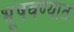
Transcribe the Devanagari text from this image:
भूषवण्यात